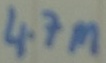
Text: 4.7M